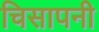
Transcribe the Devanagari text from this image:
चिसापनी